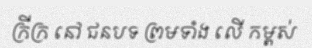
ក្រីក្រ នៅ ជនបទ ព្រមទាំង លើ កម្ពស់